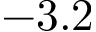
- 3 . 2